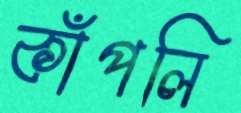
কাঁপলি